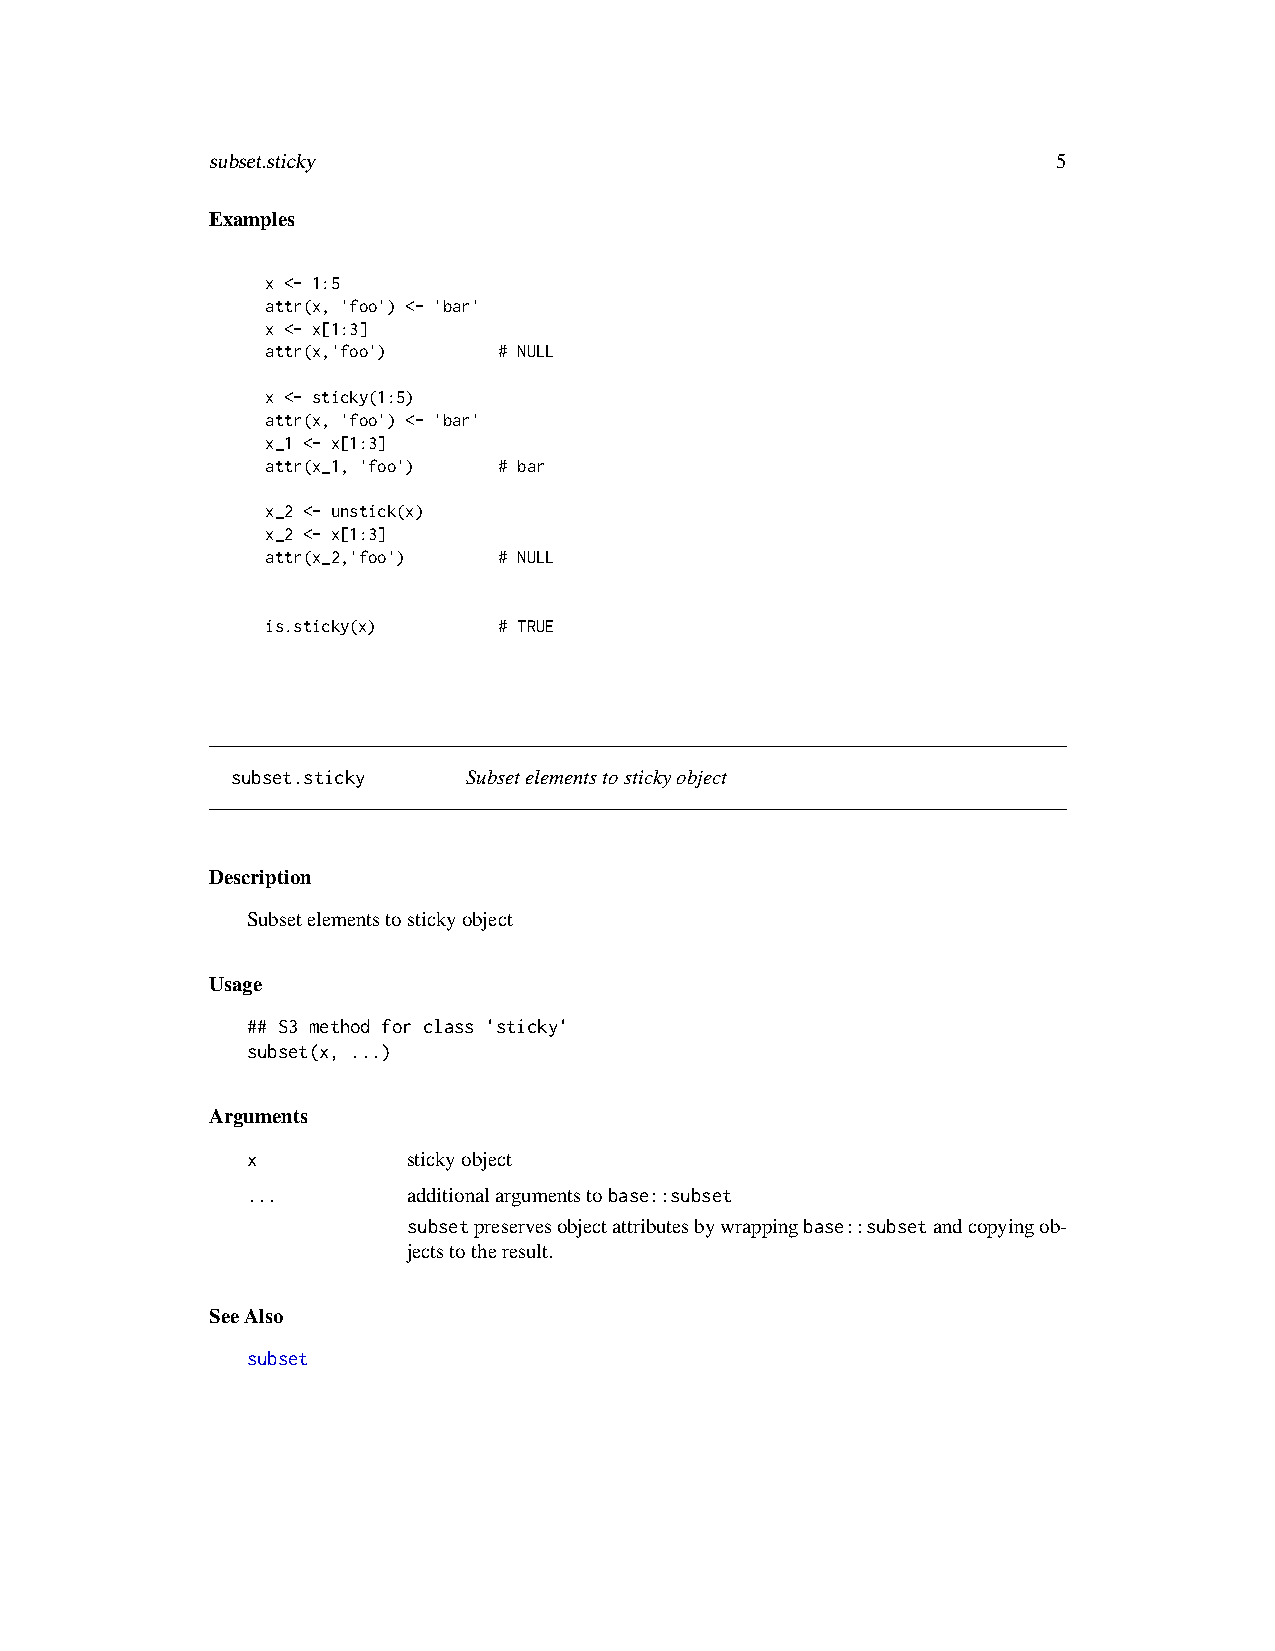
subset.sticky                                           5
 Examples
 x <- 1:5
 attr(x, 'foo') <- 'bar'
 x <- x[1:3]
 attr(x,'foo')  # NULL
 x <- sticky(1:5)
 attr(x, 'foo') <- 'bar'
 x_1 <- x[1:3]
 attr(x_1, 'foo') # bar
 x_2 <- unstick(x)
 x_2 <- x[1:3]
 attr(x_2,'foo') # NULL
 is.sticky(x)   # TRUE
 subset.sticky   Subsetelementstostickyobject
 Description
 Subsetelementstostickyobject
 Usage
 ## S3 method for class 'sticky'
 subset(x, ...)
 Arguments
 x          stickyobject
 ...        additionalargumentstobase::subset
 subsetpreservesobjectattributesbywrappingbase::subsetandcopyingob-
 jectstotheresult.
 SeeAlso
 subset